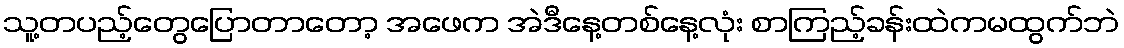
သူ့တပည့်တွေပြောတာတော့ အဖေက အဲဒီနေ့တစ်နေ့လုံး စာကြည့်ခန်းထဲကမထွက်ဘဲ